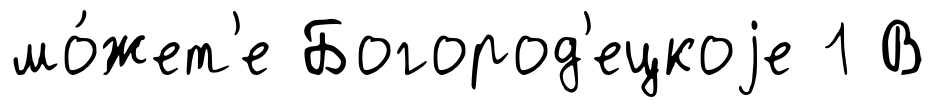
мо́жет'е Богород'ецкоjе 1 В